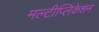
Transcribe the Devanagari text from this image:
मल्टीप्लिकेशन